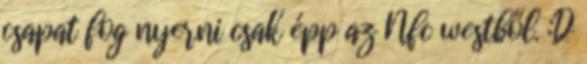
csapat fog nyerni csak épp az Nfc westből. :D